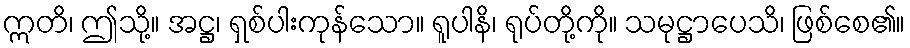
ဣတိ၊ ဤသို့။ အဋ္ဌ၊ ရှစ်ပါးကုန်သော။ ရူပါနိ၊ ရုပ်တို့ကို။ သမုဋ္ဌာပေသိ၊ ဖြစ်စေ၏။